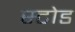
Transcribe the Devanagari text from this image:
स्टोड